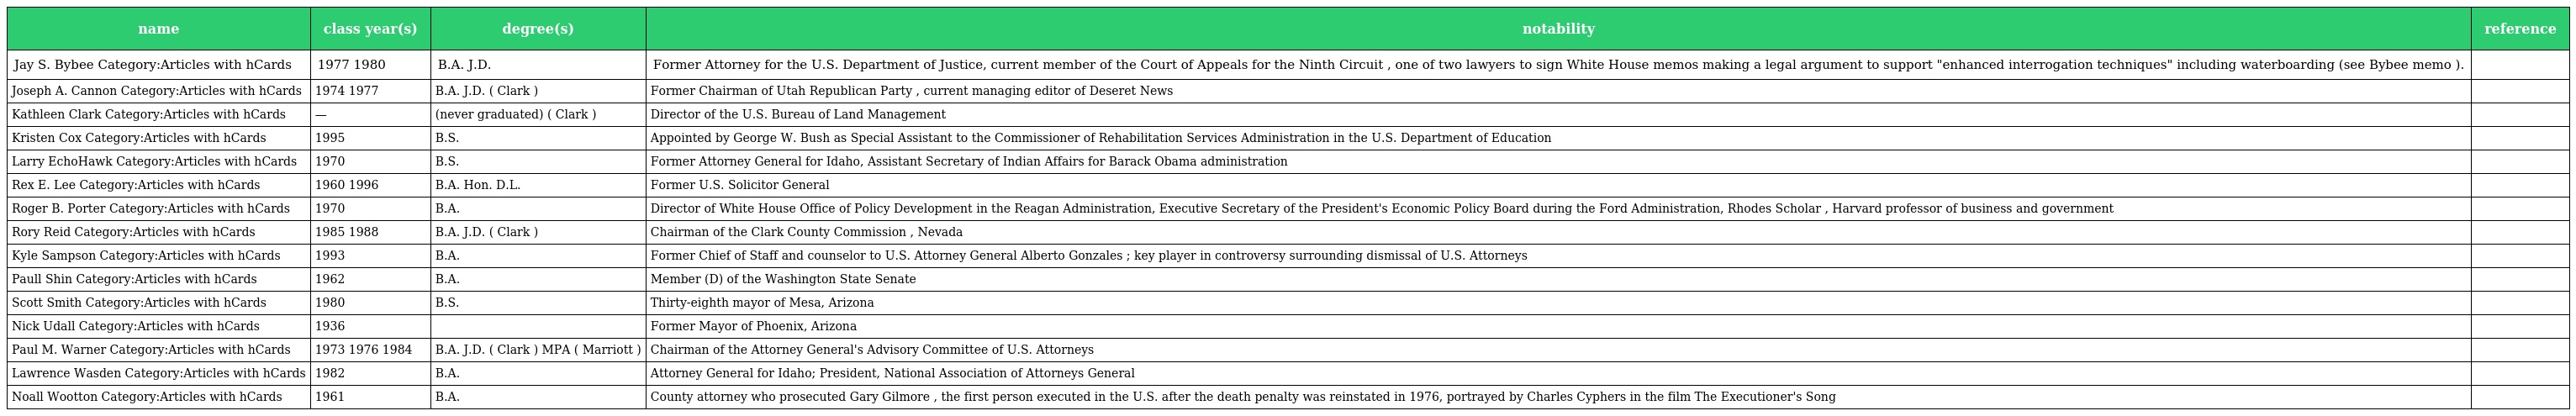
| name | class year(s) | degree(s) | notability | reference |
 | --- | --- | --- | --- | --- |
 | Jay S. Bybee Category:Articles with hCards | 1977 1980 | B.A. J.D. | Former Attorney for the U.S. Department of Justice, current member of the Court of Appeals for the Ninth Circuit , one of two lawyers to sign White House memos making a legal argument to support "enhanced interrogation techniques" including waterboarding (see Bybee memo ). |  |
 | Joseph A. Cannon Category:Articles with hCards | 1974 1977 | B.A. J.D. ( Clark ) | Former Chairman of Utah Republican Party , current managing editor of Deseret News |  |
 | Kathleen Clark Category:Articles with hCards | — | (never graduated) ( Clark ) | Director of the U.S. Bureau of Land Management |  |
 | Kristen Cox Category:Articles with hCards | 1995 | B.S. | Appointed by George W. Bush as Special Assistant to the Commissioner of Rehabilitation Services Administration in the U.S. Department of Education |  |
 | Larry EchoHawk Category:Articles with hCards | 1970 | B.S. | Former Attorney General for Idaho, Assistant Secretary of Indian Affairs for Barack Obama administration |  |
 | Rex E. Lee Category:Articles with hCards | 1960 1996 | B.A. Hon. D.L. | Former U.S. Solicitor General |  |
 | Roger B. Porter Category:Articles with hCards | 1970 | B.A. | Director of White House Office of Policy Development in the Reagan Administration, Executive Secretary of the President's Economic Policy Board during the Ford Administration, Rhodes Scholar , Harvard professor of business and government |  |
 | Rory Reid Category:Articles with hCards | 1985 1988 | B.A. J.D. ( Clark ) | Chairman of the Clark County Commission , Nevada |  |
 | Kyle Sampson Category:Articles with hCards | 1993 | B.A. | Former Chief of Staff and counselor to U.S. Attorney General Alberto Gonzales ; key player in controversy surrounding dismissal of U.S. Attorneys |  |
 | Paull Shin Category:Articles with hCards | 1962 | B.A. | Member (D) of the Washington State Senate |  |
 | Scott Smith Category:Articles with hCards | 1980 | B.S. | Thirty-eighth mayor of Mesa, Arizona |  |
 | Nick Udall Category:Articles with hCards | 1936 |  | Former Mayor of Phoenix, Arizona |  |
 | Paul M. Warner Category:Articles with hCards | 1973 1976 1984 | B.A. J.D. ( Clark ) MPA ( Marriott ) | Chairman of the Attorney General's Advisory Committee of U.S. Attorneys |  |
 | Lawrence Wasden Category:Articles with hCards | 1982 | B.A. | Attorney General for Idaho; President, National Association of Attorneys General |  |
 | Noall Wootton Category:Articles with hCards | 1961 | B.A. | County attorney who prosecuted Gary Gilmore , the first person executed in the U.S. after the death penalty was reinstated in 1976, portrayed by Charles Cyphers in the film The Executioner's Song |  |